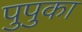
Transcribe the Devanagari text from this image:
पुपुका